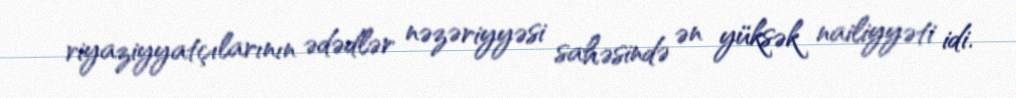
riyaziyyatçılarının ədədlər nəzəriyyəsi sahəsində ən yüksək nailiyyəti idi.